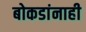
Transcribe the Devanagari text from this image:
बोकडांनाही